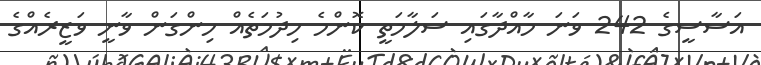
އަސާސީގެ 242 ވަނަ މާއްދާގައި ސަލާމަތީ ކޮންމެ ހިދުމަތެއް ހިންގަން ވާނީ ވަޒީރެއްގެ